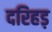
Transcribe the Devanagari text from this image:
दरिहड़